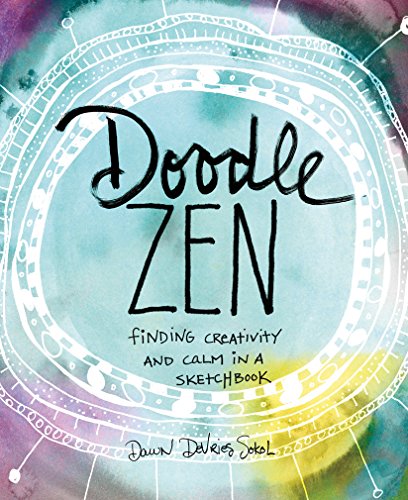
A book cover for Doodle Zen: Finding Creativity and Calm in a Sketchbook; Dawn DeVries Sokol; Crafts, Hobbies & Home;